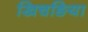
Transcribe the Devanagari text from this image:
खिचङिया